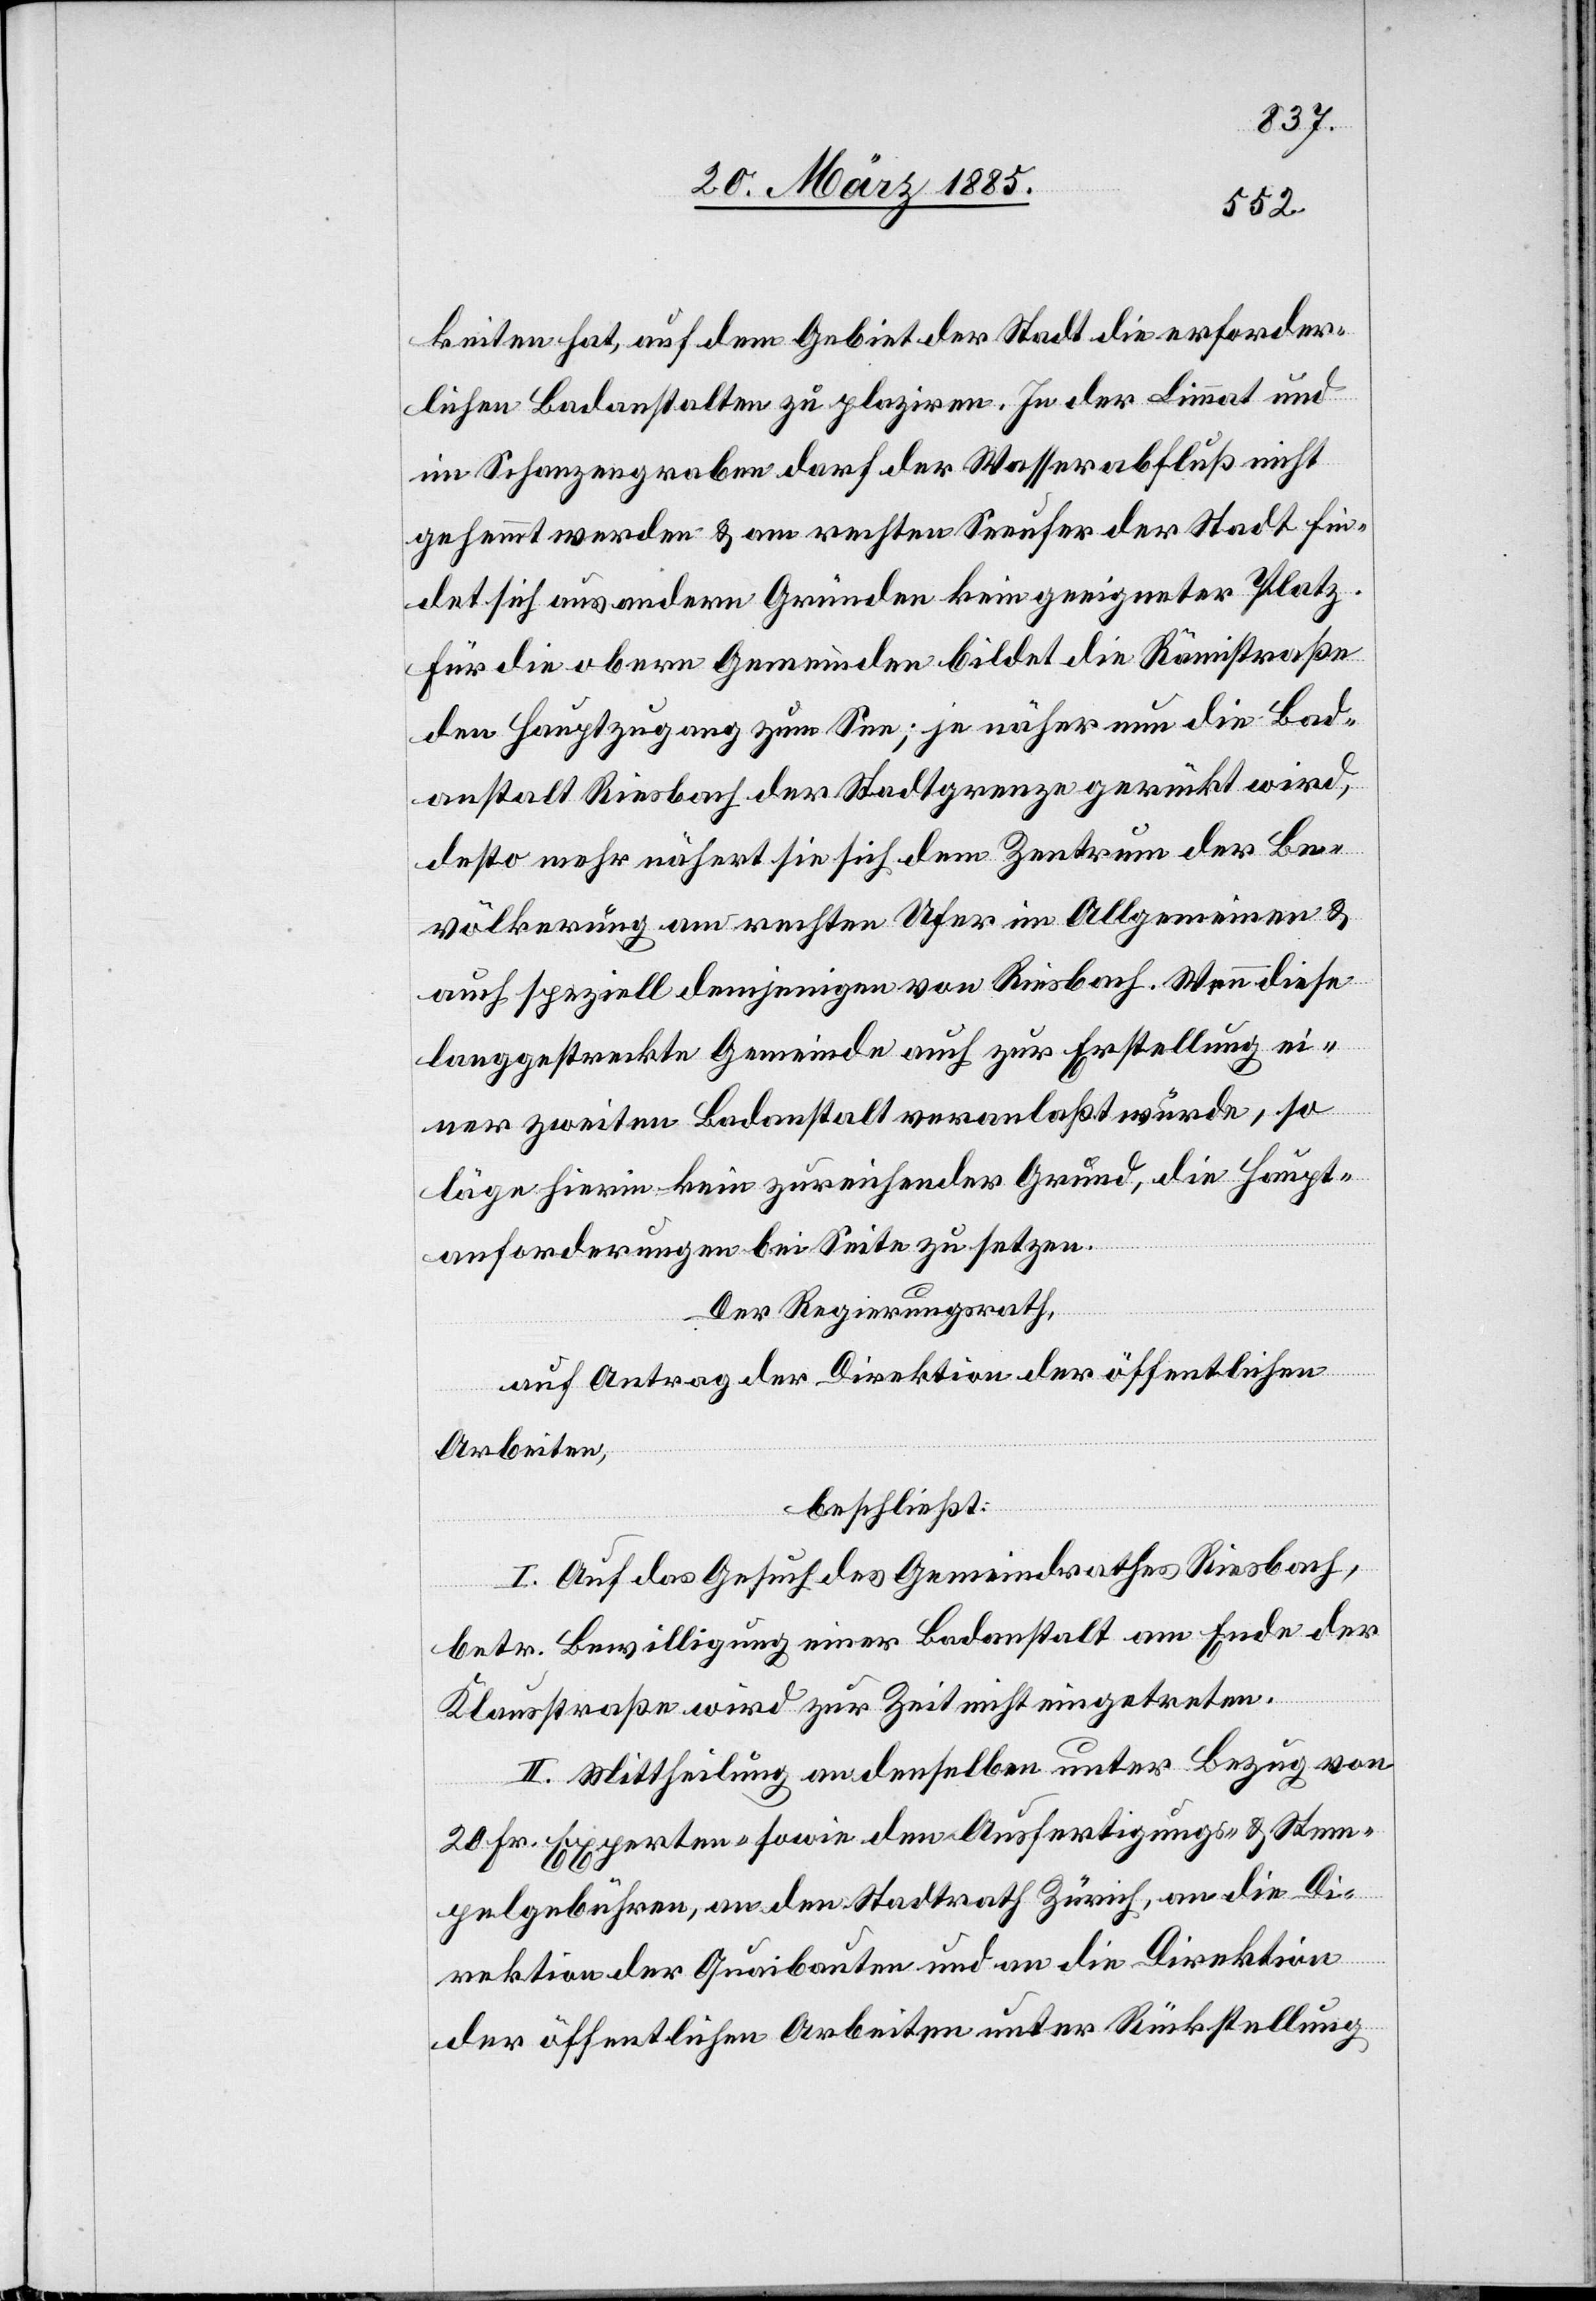
keiten hat, auf dem Gebiet der Stadt die erforder¬
lichen Badanstalten zu plaziren. In der Limmat und
im Schanzengraben darf der Wasserabfluß nicht
gehemmt werden & am rechten Seeufer der Stadt fin¬
det sich aus andern Gründen kein geeigneter Platz.
Für die obern Gemeinden bildet die Rämistraße
den Hauptzugang zum See; je näher nun die Bad¬
anstalt Riesbach der Stadtgrenze gerückt wird,
desto mehr nähert sie sich dem Zentrum der Be¬
völkerung am rechten Ufer im Allgemeinen &
auch speziell demjenigen von Riesbach. Wenn diese
langgestreckte Gemeinde auch zur Erstellung ei¬
ner zweiten Badanstalt veranlaßt würde, so
läge hierin kein zureichender Grund, die Haupt¬
anforderungen bei Seite zu setzen.
Der Regierungsrath,
auf Antrag der Direktion der öffentlichen
Arbeiten,
beschließt:
I. Auf das Gesuch des Gemeindrathes Riesbach,
betr. Bewilligung einer Badanstalt am Ende der
Klausstraße wird zur Zeit nicht eingetreten.
II. Mittheilung an denselben unter Bezug von
20 Fr. Experten- sowie den Ausfertigungs- & Stem¬
pelgebühren, an den Stadtrath Zürich, an die Di¬
rektion der Quaibauten und an die Direktion
der öffentlichen Arbeiten unter Rückstellung